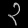
Digit: ၃